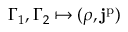
\Gamma _ { 1 } , \Gamma _ { 2 } \mapsto ( \rho , \mathbf { j } ^ { \mathrm { p } } )